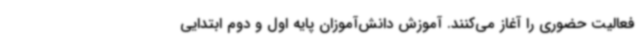
فعالیت حضوری را آغاز می‌کنند. آموزش دانش‌آموزان پایه اول و دوم ابتدایی